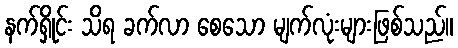
နက်ရှိုင်း သိရ ခက်လာ စေသော မျက်လုံးများဖြစ်သည်။